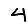
Digit: 4